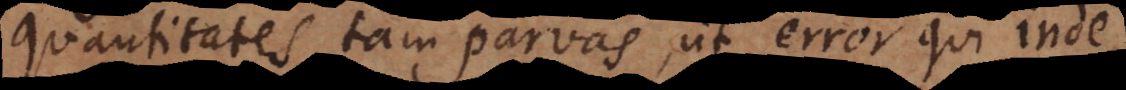
quantitates tam parvas, ut error qui inde